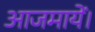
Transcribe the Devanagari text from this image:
आजमायें।